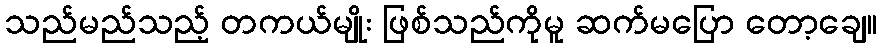
သည်မည်သည့် တကယ်မျိုး ဖြစ်သည်ကိုမူ ဆက်မပြော တော့ချေ။